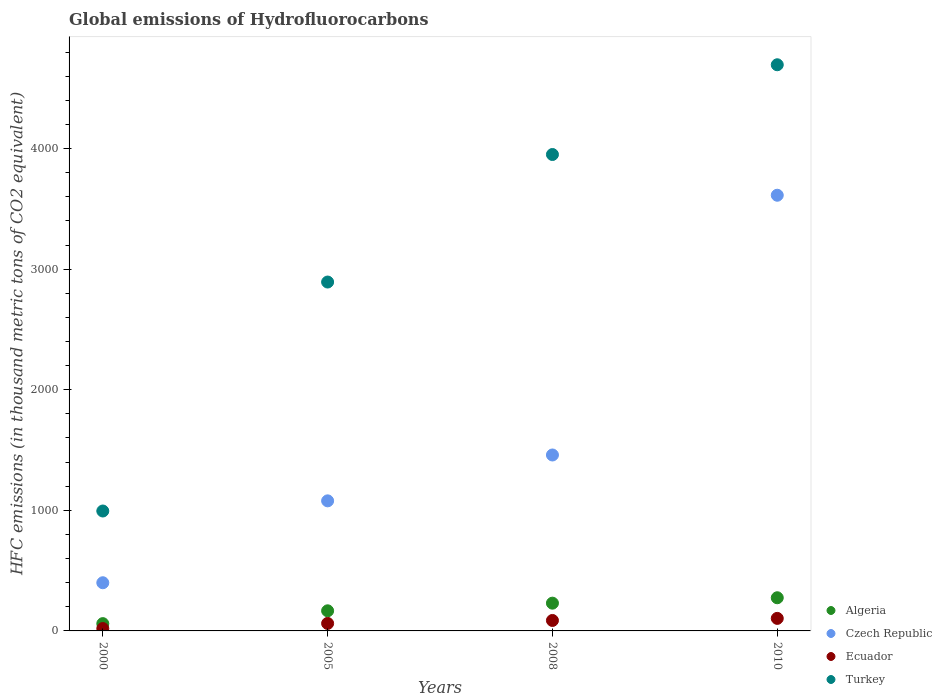
| Years | Algeria | Czech Republic | Ecuador | Turkey |
 | --- | --- | --- | --- | --- |
 | 2000 | 60.5 | 400 | 19.7 | 994 |
 | 2005 | 167 | 1.08e+03 | 62.2 | 2.89e+03 |
 | 2008 | 230 | 1.46e+03 | 86.7 | 3.95e+03 |
 | 2010 | 275 | 3.61e+03 | 104 | 4.7e+03 |